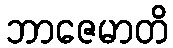
ဘာဇေမာတိ